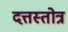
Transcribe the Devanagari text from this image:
दत्तस्तोत्र